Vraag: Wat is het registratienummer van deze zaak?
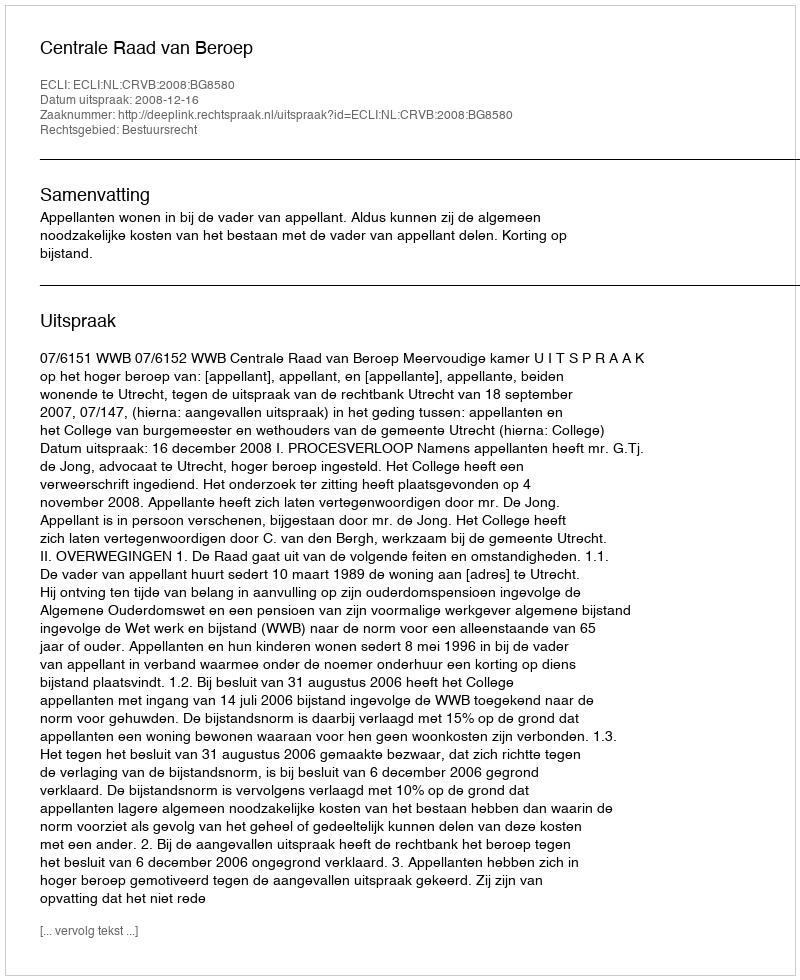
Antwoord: http://deeplink.rechtspraak.nl/uitspraak?id=ECLI:NL:CRVB:2008:BG8580